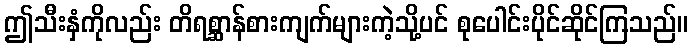
ဤသီးနှံကိုလည်း တိရစ္ဆာန်စားကျက်များကဲ့သို့ပင် စုပေါင်းပိုင်ဆိုင်ကြသည်။